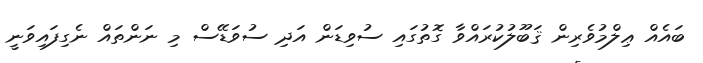
ބައެއް ޢިލްމުވެރިން ޤަބޫލުކުރައްވާ ގޮތުގައި ސުވިޑަން އަދި ސުވަޑޭސް މި ނަންތައް ނެގިފައިވަނީ